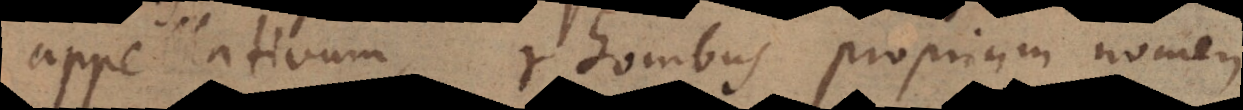
ellativum, rhombus proprium nomen